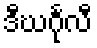
ဒီဃင်္ဂုလီ